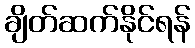
ချိတ်ဆက်နိုင်ရန်